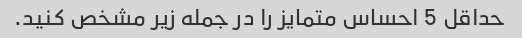
حداقل 5 احساس متمایز را در جمله زیر مشخص کنید.